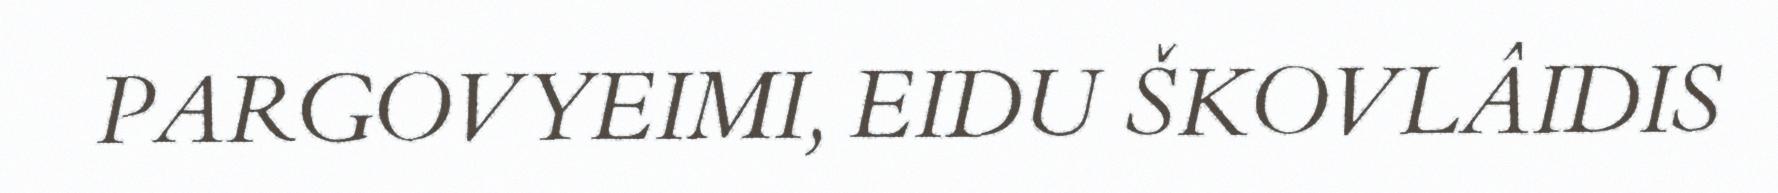
PARGOVYEIMI, EIDU ŠKOVLÂIDIS